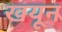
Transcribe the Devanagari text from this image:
खयून